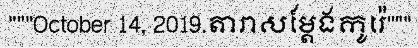
"""October 14, 2019.តារាសម្តែងកូរ៉េ"""